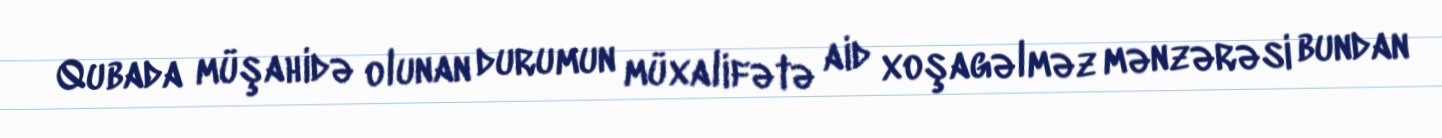
Qubada müşahidə olunan durumun müxalifətə aid xoşagəlməz mənzərəsi bundan